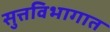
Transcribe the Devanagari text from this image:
सुत्तविभागात